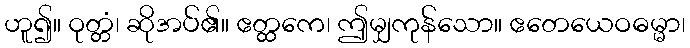
ဟူ၍။ ဝုတ္တံ၊ ဆိုအပ်၏။ ဧတ္ထကေ၊ ဤမျှကုန်သော။ ဧတေယေဝဓမ္မာ၊